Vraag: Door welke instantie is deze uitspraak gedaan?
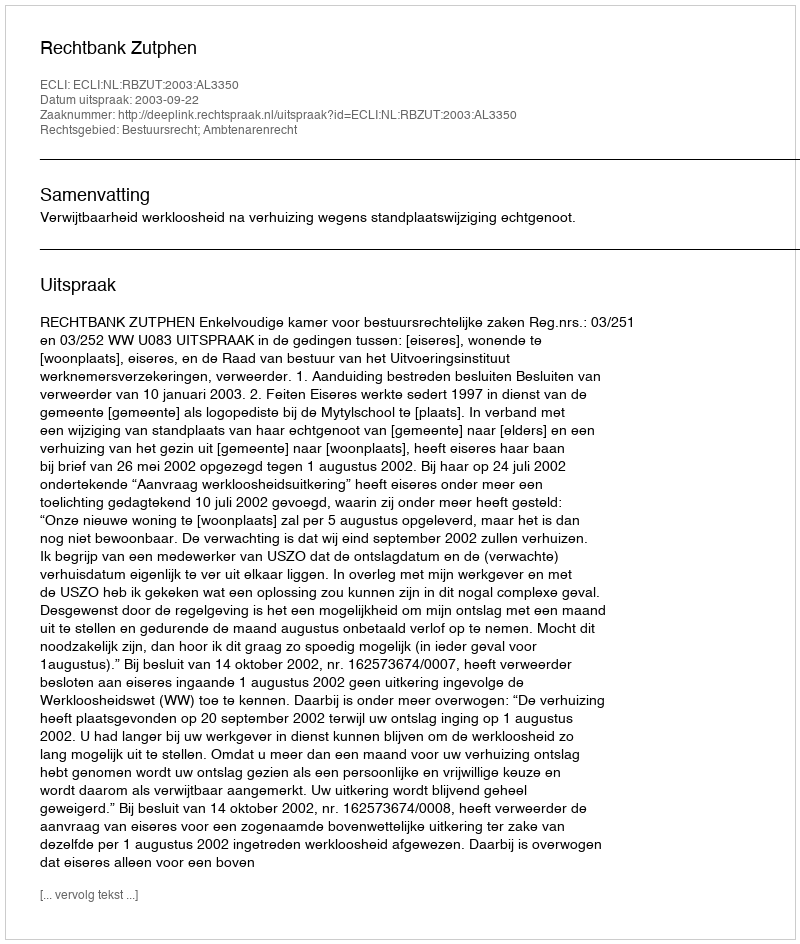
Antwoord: Rechtbank Zutphen